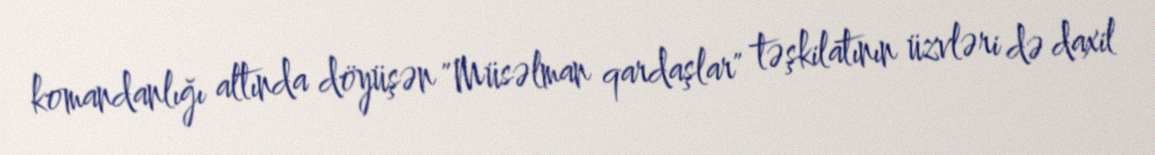
komandanlığı altında döyüşən "Müsəlman qardaşlar" təşkilatının üzvləri də daxil